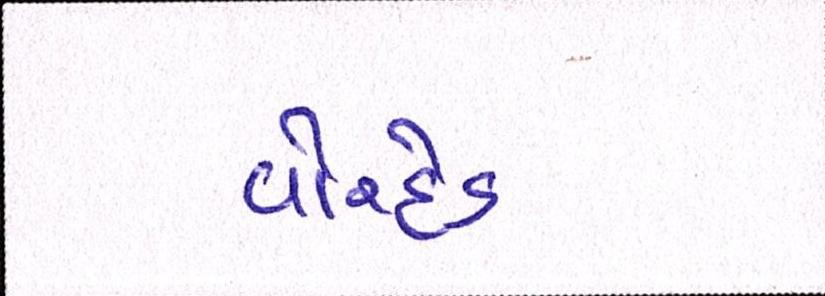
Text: વોરહેડ